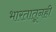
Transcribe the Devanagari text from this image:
भारतातूनही